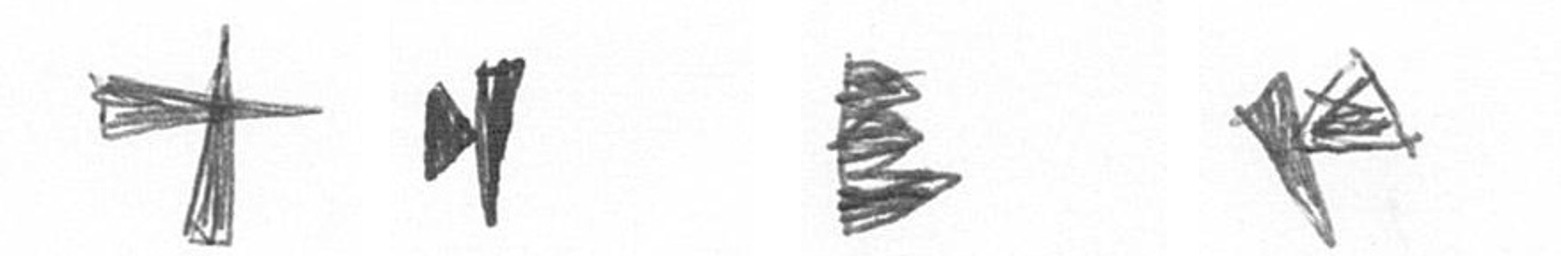
G M H F